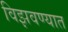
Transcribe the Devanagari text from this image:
विझवण्यात